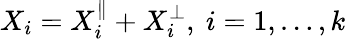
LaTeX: X_{i}=X_{i}^{\parallel}+X_{i}^{\perp},\ i=1,\ldots,k